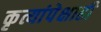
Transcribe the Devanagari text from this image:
कृत्यांपेक्षाही